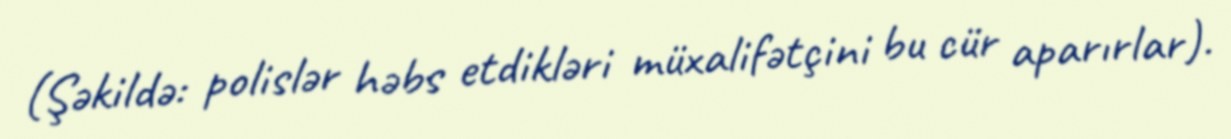
(Şəkildə: polislər həbs etdikləri müxalifətçini bu cür aparırlar).